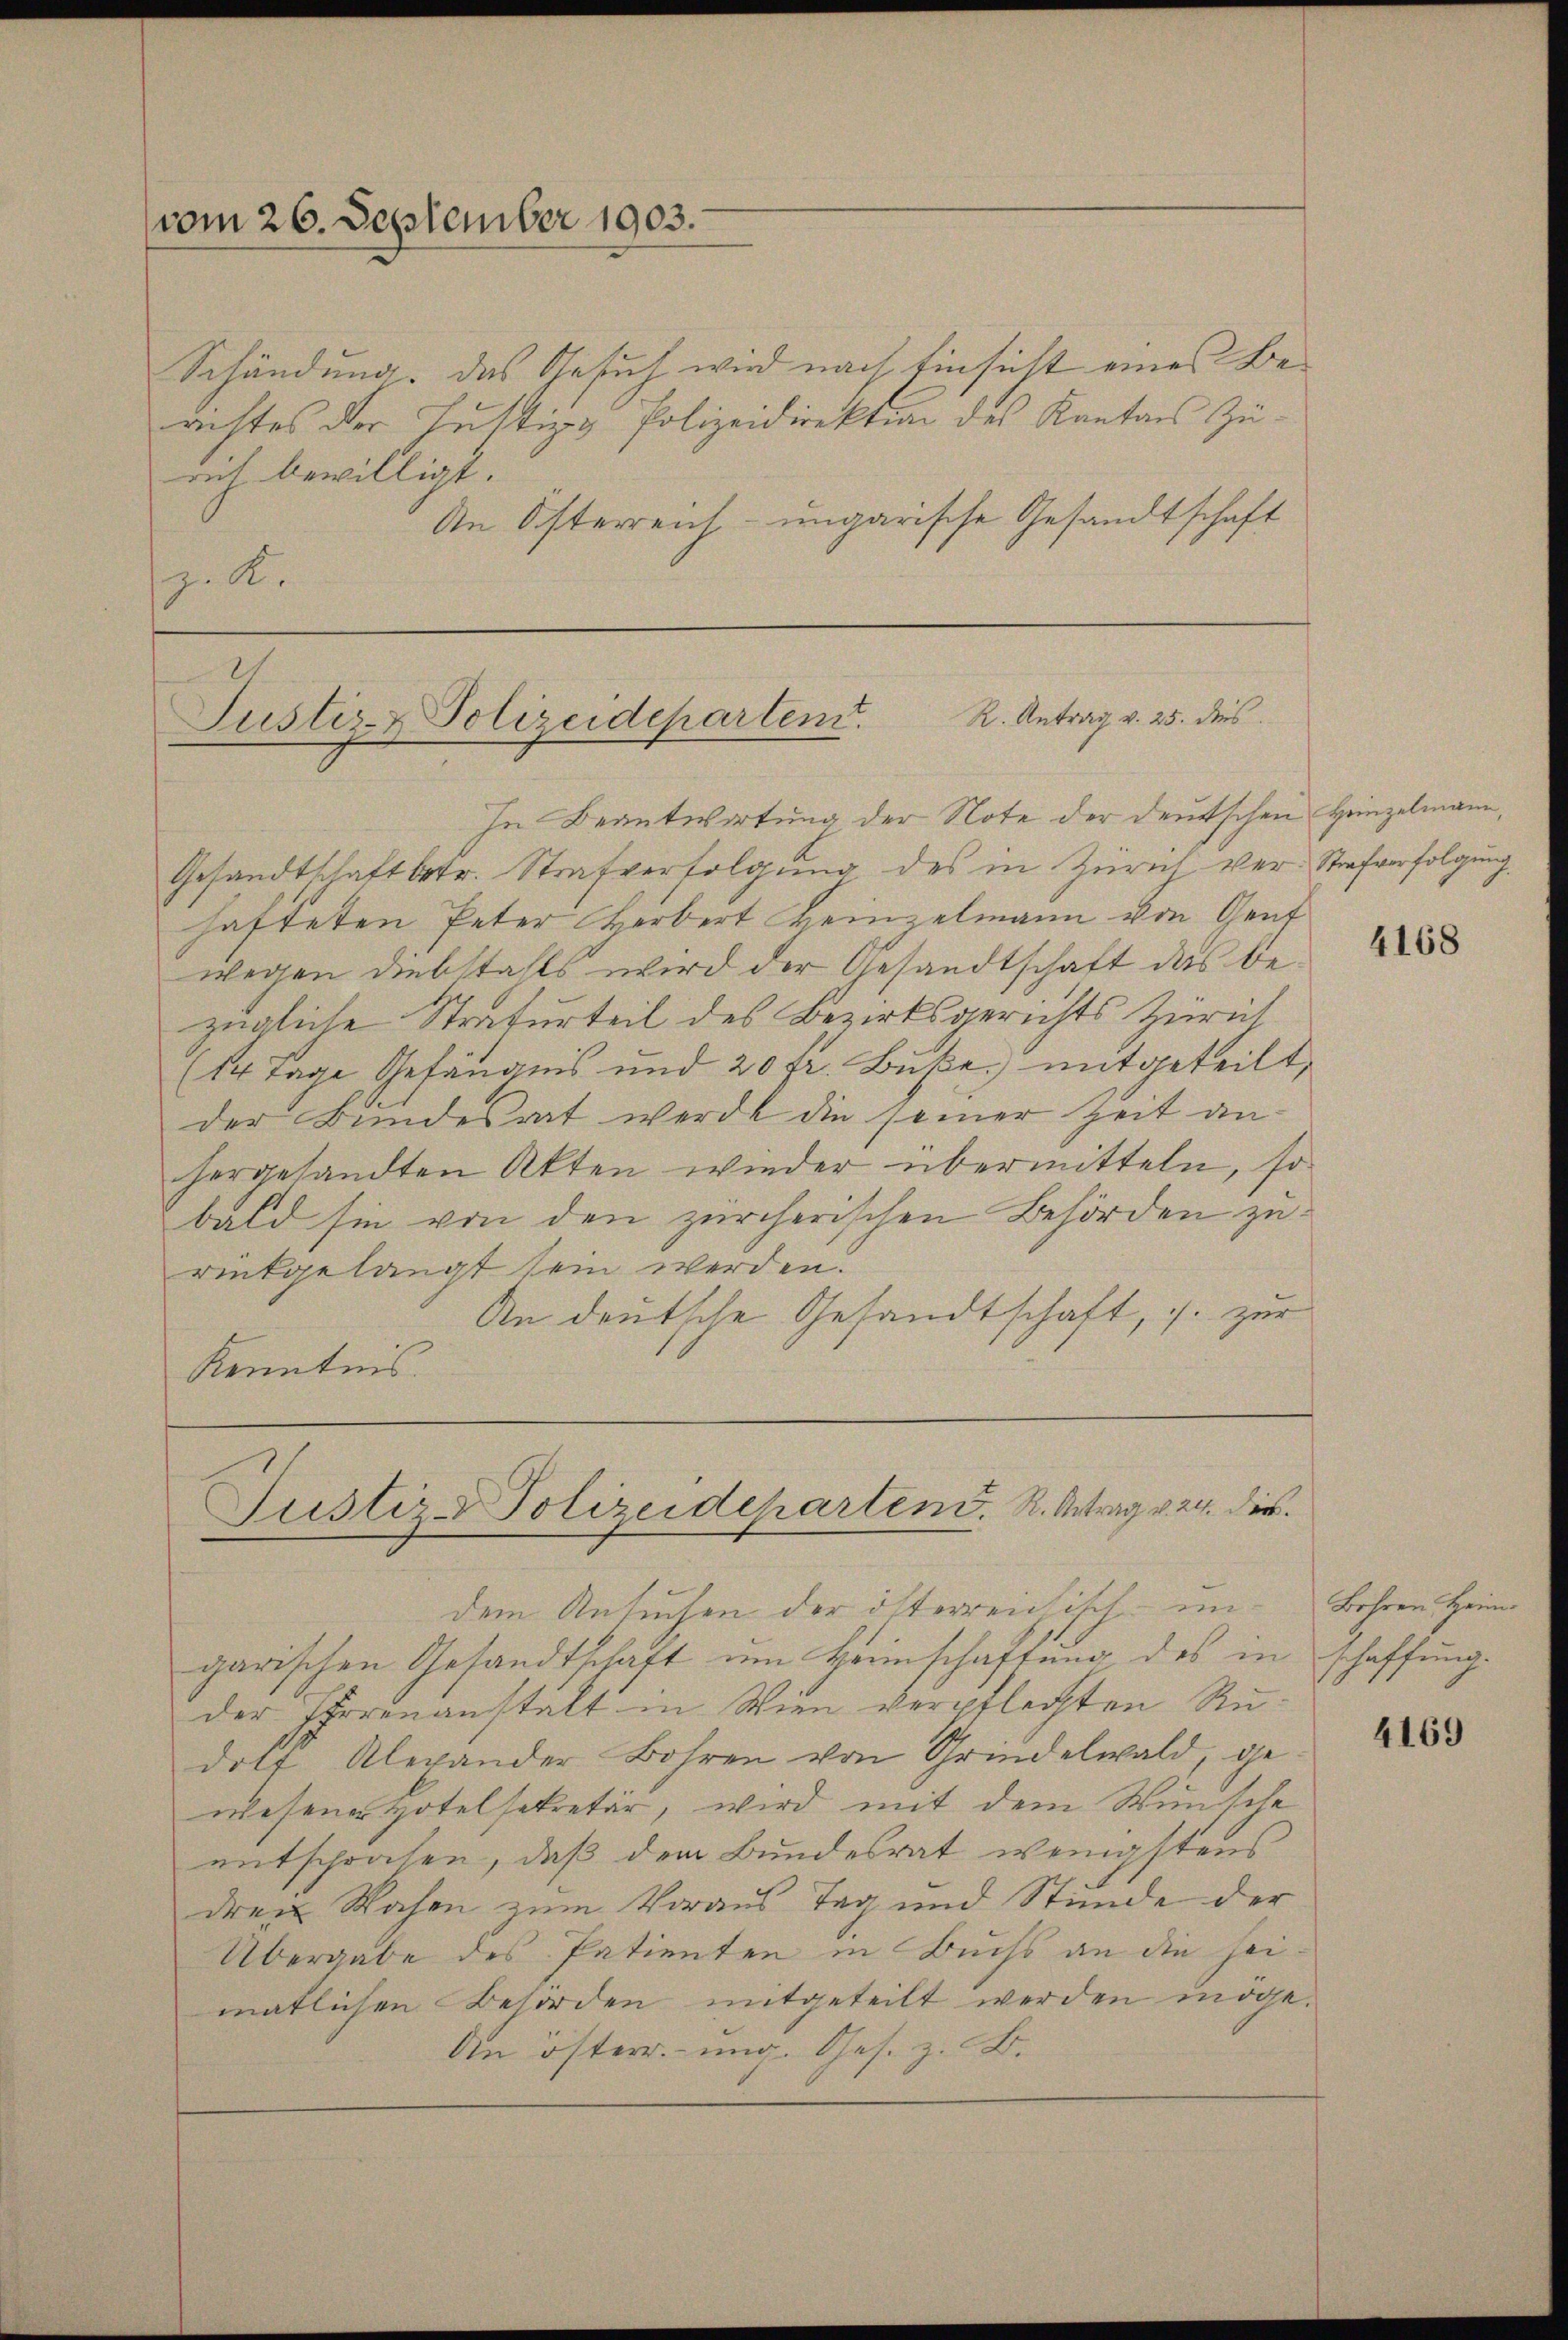
vom 26. September 1903.

Schändung. Das Gesuch wird nach Einsicht eines Beachtes der Justiz & Polizeidirektion des Kantons Zürich bewilligt.
An Österreich- ungarische Gesandtschaft
z. R.

Justiz- & Polizeidepartend. R. Antrag v. 25. dies

In Beantwortung der Note der deutschen Heinzelmann,
Gesandtschaft betr. Strafverfolgŭng des in Zürich ver- Strafverfolgung
hafteten Peter Herbert Heinzelmann von Genf
wegen Diebstalls wird der Gesandtschaft das bezügliche Strafurteil des Bezirksgerichts Zürich
(14 Tage Gefängnis und 20 fr. Buße mitgeteilt,
der Bundesrat werde die seiner Zeit anhergesandten Akten wieder übermitteln, so
bald sie von den zürcherischen Behörden zu
rückgelangt sein werden.
An deutsche Gesandtschaft, s. zur
Kenntnis.

Justiz- Polizeidepartend. R. Antrag v. 24. die
dem Ansuchen der österreichisch-un¬

garischen Gesandtschaft um Beeinschaftung des in schaffung
der Thorenanstalt in Wien verpflechten Rudolf Alexander Bohren von Grindelwald, ge
wesener Hotelsekretär, wird mit dem Wunsche
entsprochen, daß dem Bundesrat wenigstens
dren Wochen zum Voraus Tag und Stunde der
Übergabe des Patienten in Buchs an die heimatlichen Behörden mitgeteilt werden indge¬
An österr. ung. Ges. z. B.

4168

Bohren Heim.

4169